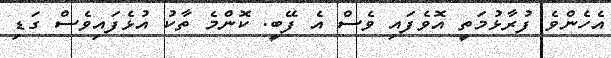
އެހެންވެ ފުރާޅުމަތީ އޮވެފައި ވެސް އެ ފޭބީ. ކޮންމެ ތާކު އުޅެފައިވެސް ގަޑި